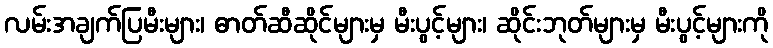
လမ်းအချက်ပြမီးများ၊ ဓာတ်ဆီဆိုင်များမှ မီးပွင့်များ၊ ဆိုင်းဘုတ်များမှ မီးပွင့်များကို